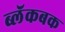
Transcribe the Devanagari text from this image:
ब्लॅकबक